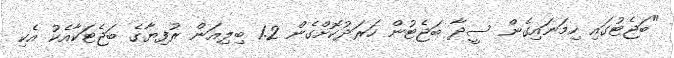
"ބަޖެޓުގައި ހިމަނައިގެން ސީދާ ބަޖެޓުން ހަރަދުކޮށްގެން 1.2 ބިލިއަން ރުފިޔާގެ ބަޖެޓަކާއެކު އެކި